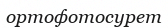
ортофотосурет